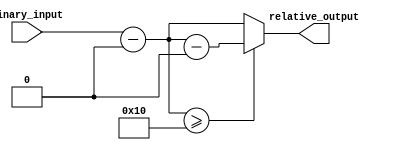
module RelativeEncoder #(
    parameter N = 4, // Number of bits for input
    parameter M = 4  // Number of bits for output
) (
    input  [N-1:0] binary_input, // N-bit binary input
    output [M-1:0] relative_output // M-bit relative output
);

    // Define the reference point (can be adjusted as needed)
    localparam [N-1:0] REF_POINT = 4'b0000; // Example reference point (0 in this case)

    // Calculate the relative position
    wire [N-1:0] relative_position;
    assign relative_position = binary_input - REF_POINT;

    // Handle wrap-around conditions
    wire [N-1:0] wrapped_position;
    assign wrapped_position = (relative_position >= (1 << N)) ? 
                              (relative_position - (1 << N)) : 
                              relative_position;

    // Output encoding (direct binary representation)
    // Ensure the output is limited to M bits
    assign relative_output = wrapped_position[M-1:0];

endmodule